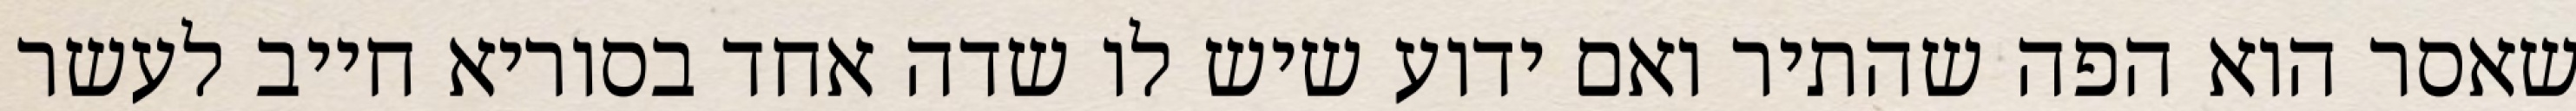
שאסר הוא הפה שהתיר ואם ידוע שיש לו שדה אחד בסוריא חייב לעשר